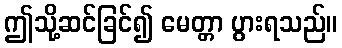
ဤသို့ဆင်ခြင်၍ မေတ္တာ ပွားရသည်။